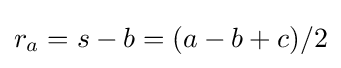
r_{a}=s-b=(a-b+c)/2